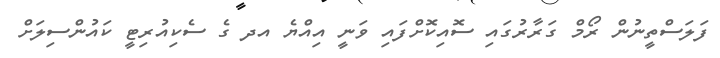
ފަލަސްތީނުން ރޯމް ގަރާރުގައި ސޮއިކޮށްފައި ވަނީ އިއްޔެ އދ ގެ ސެކިއުރިޓީ ކައުންސިލަށް